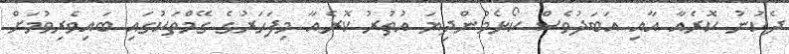
ދެކުނު ކޮރެއާ އާއި އަބަދުވެސް ކޯޅެމުންދިޔަ އުތުރު ކޮރެއާ މިފަހަރުގެ ގޭމްތަކުގައި ބައިވެރިވުމަށް